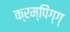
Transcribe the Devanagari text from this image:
क्रम्पिंग्ग्